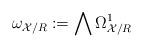
LaTeX: \begin{align*}\omega_{\mathcal{X}/R} := \bigwedge \Omega_{\mathcal{X}/R}^{1}\end{align*}